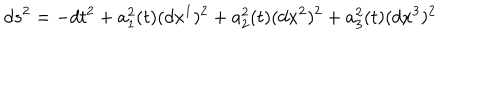
d s ^ { 2 } = - d t ^ { 2 } + a _ { 1 } ^ { 2 } ( t ) ( d x ^ { 1 } ) ^ { 2 } + a _ { 2 } ^ { 2 } ( t ) ( d x ^ { 2 } ) ^ { 2 } + a _ { 3 } ^ { 2 } ( t ) ( d x ^ { 3 } ) ^ { 2 }